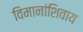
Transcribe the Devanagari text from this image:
विमानांशिवाय